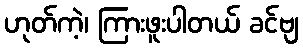
ဟုတ်ကဲ့၊ ကြားဖူးပါတယ် ခင်ဗျ